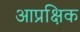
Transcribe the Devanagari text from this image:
आप्रक्षिक